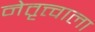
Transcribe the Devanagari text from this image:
नेतृत्त्वाला